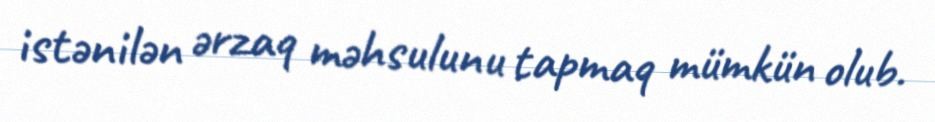
istənilən ərzaq məhsulunu tapmaq mümkün olub.